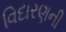
વિદારણની